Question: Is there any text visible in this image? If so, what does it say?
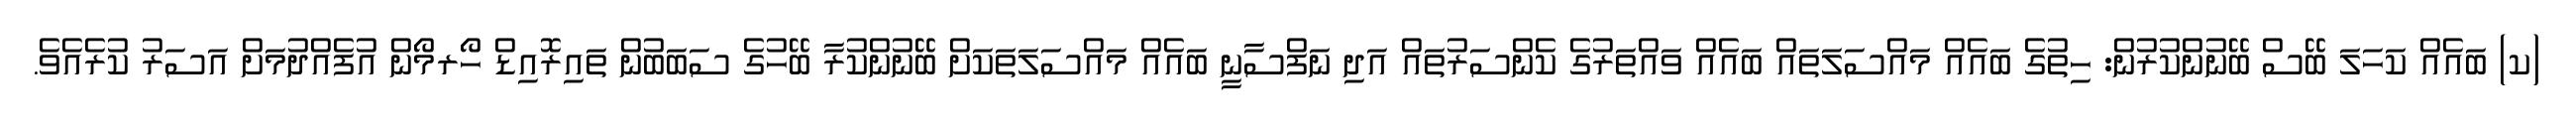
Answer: (ކ) ބައެއް ކަހަލަ ބޭސް ބޭނުންކުރުން: ހިތުގެ ބައެއް މައްސަލަތައް ބައެއް ވައްތަރުގެ ކެންސަރުތައް އަދި ނަފްސާނީ ބައެއް މައްސަލަތަކަށް ބޭނުންކުރާ ބޭހުގެ ސަބަބުން ތައިރޮއިޑް ހޯރމޯން އުފެއްދުމަށް އަސަރު ކުރެއެވެ.